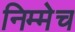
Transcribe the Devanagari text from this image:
निम्मेच